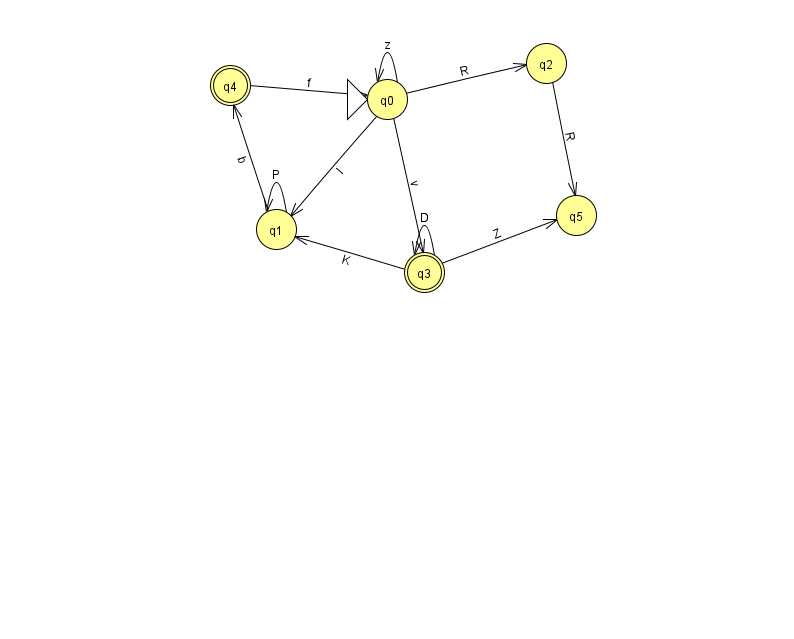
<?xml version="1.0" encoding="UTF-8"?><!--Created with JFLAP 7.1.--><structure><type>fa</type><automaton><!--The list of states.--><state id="0" name="q0"><x>387.0</x><y>86.0</y><initial/></state><state id="1" name="q1"><x>276.0</x><y>216.0</y></state><state id="2" name="q2"><x>546.0</x><y>50.0</y></state><state id="3" name="q3"><x>424.0</x><y>259.0</y><final/></state><state id="4" name="q4"><x>230.0</x><y>72.0</y><final/></state><state id="5" name="q5"><x>576.0</x><y>202.0</y></state><!--The list of transitions.--><transition><from>1</from><to>1</to><read>P</read></transition><transition><from>2</from><to>5</to><read>R</read></transition><transition><from>4</from><to>0</to><read>f</read></transition><transition><from>0</from><to>2</to><read>R</read></transition><transition><from>1</from><to>4</to><read>b</read></transition><transition><from>3</from><to>3</to><read>D</read></transition><transition><from>0</from><to>3</to><read>v</read></transition><transition><from>3</from><to>5</to><read>Z</read></transition><transition><from>0</from><to>0</to><read>z</read></transition><transition><from>0</from><to>1</to><read>l</read></transition><transition><from>3</from><to>1</to><read>K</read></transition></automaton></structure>